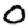
Digit: 0